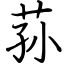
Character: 荪